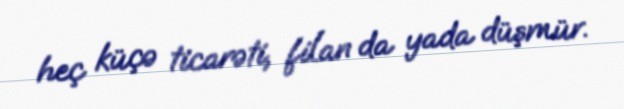
heç küçə ticarəti, filan da yada düşmür.